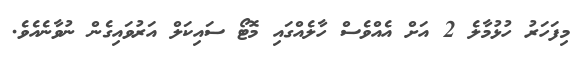
މިފަހަރު ހުޅުމާލެ 2 އަށް އެއްވެސް ހާލެއްގައި މޮޓޯ ސައިކަލް އަރުވައިގެން ނުވާނެއެވެ.